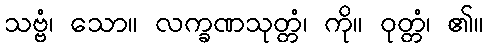
သဗ္ဗံ၊ သော။ လက္ခဏသုတ္တံ၊ ကို။ ဝုတ္တံ၊ ၏။